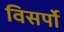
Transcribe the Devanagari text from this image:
विसर्पो